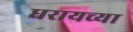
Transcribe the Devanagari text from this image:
धरायच्या